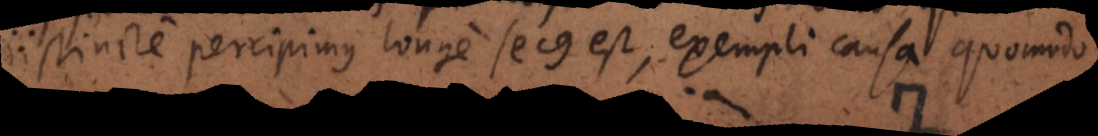
distincte percipimus longe secus est, exempli causa quomodo